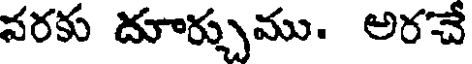
వరకు దూర్చుము. అరచే